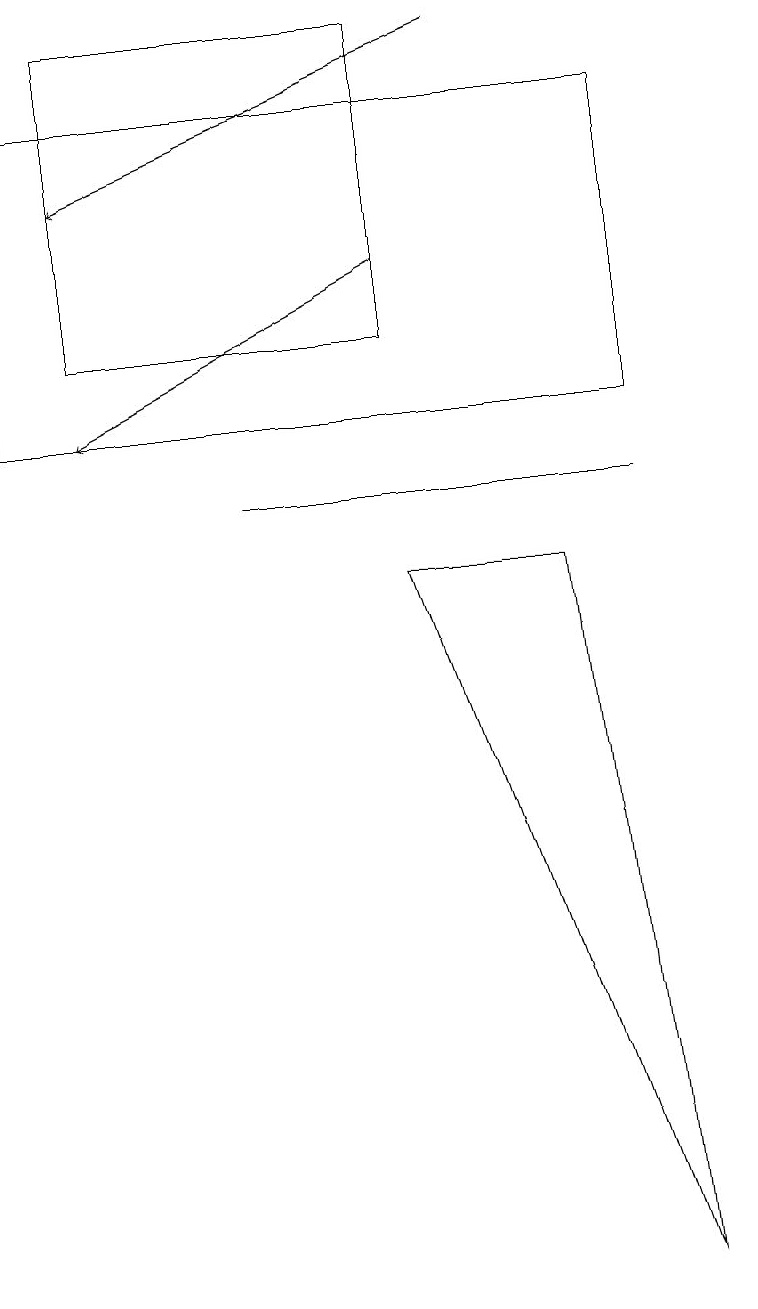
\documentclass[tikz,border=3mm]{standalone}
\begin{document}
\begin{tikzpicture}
\draw (6,9) -- (8,9) -- (9,0) -- cycle;
\draw (4,10) rectangle (9,10);
\draw[->] (6,13) -- (2,11);
\draw[->] (7,16) -- (2,14);
\draw (2,12) rectangle (6,16);
\draw (10,11) circle (0);
\draw (9,15) rectangle (1,11);
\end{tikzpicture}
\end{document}